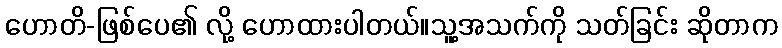
ဟောတိ-ဖြစ်ပေ၏ လို့ ဟောထားပါတယ်။သူ့အသက်ကို သတ်ခြင်း ဆိုတာက